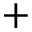
+